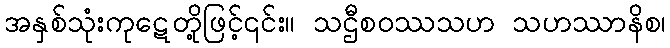
အနှစ်သုံးကုဋေတို့ဖြင့်၎င်း။ သဌီစဝဿသဟ သဟဿာနိစ၊